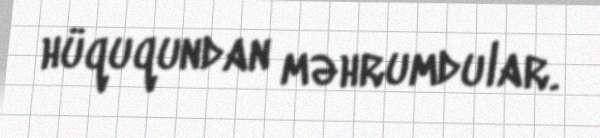
hüququndan məhrumdular.